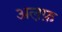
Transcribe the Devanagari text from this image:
अल़फ़